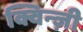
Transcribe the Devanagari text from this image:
क्विन्ज़ी